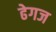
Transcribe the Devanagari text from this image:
ढेगज